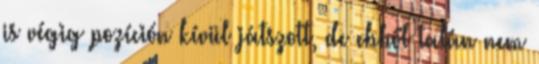
is végig pozíción kívül játszott, de ebből talán nem